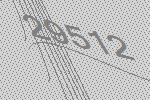
29512